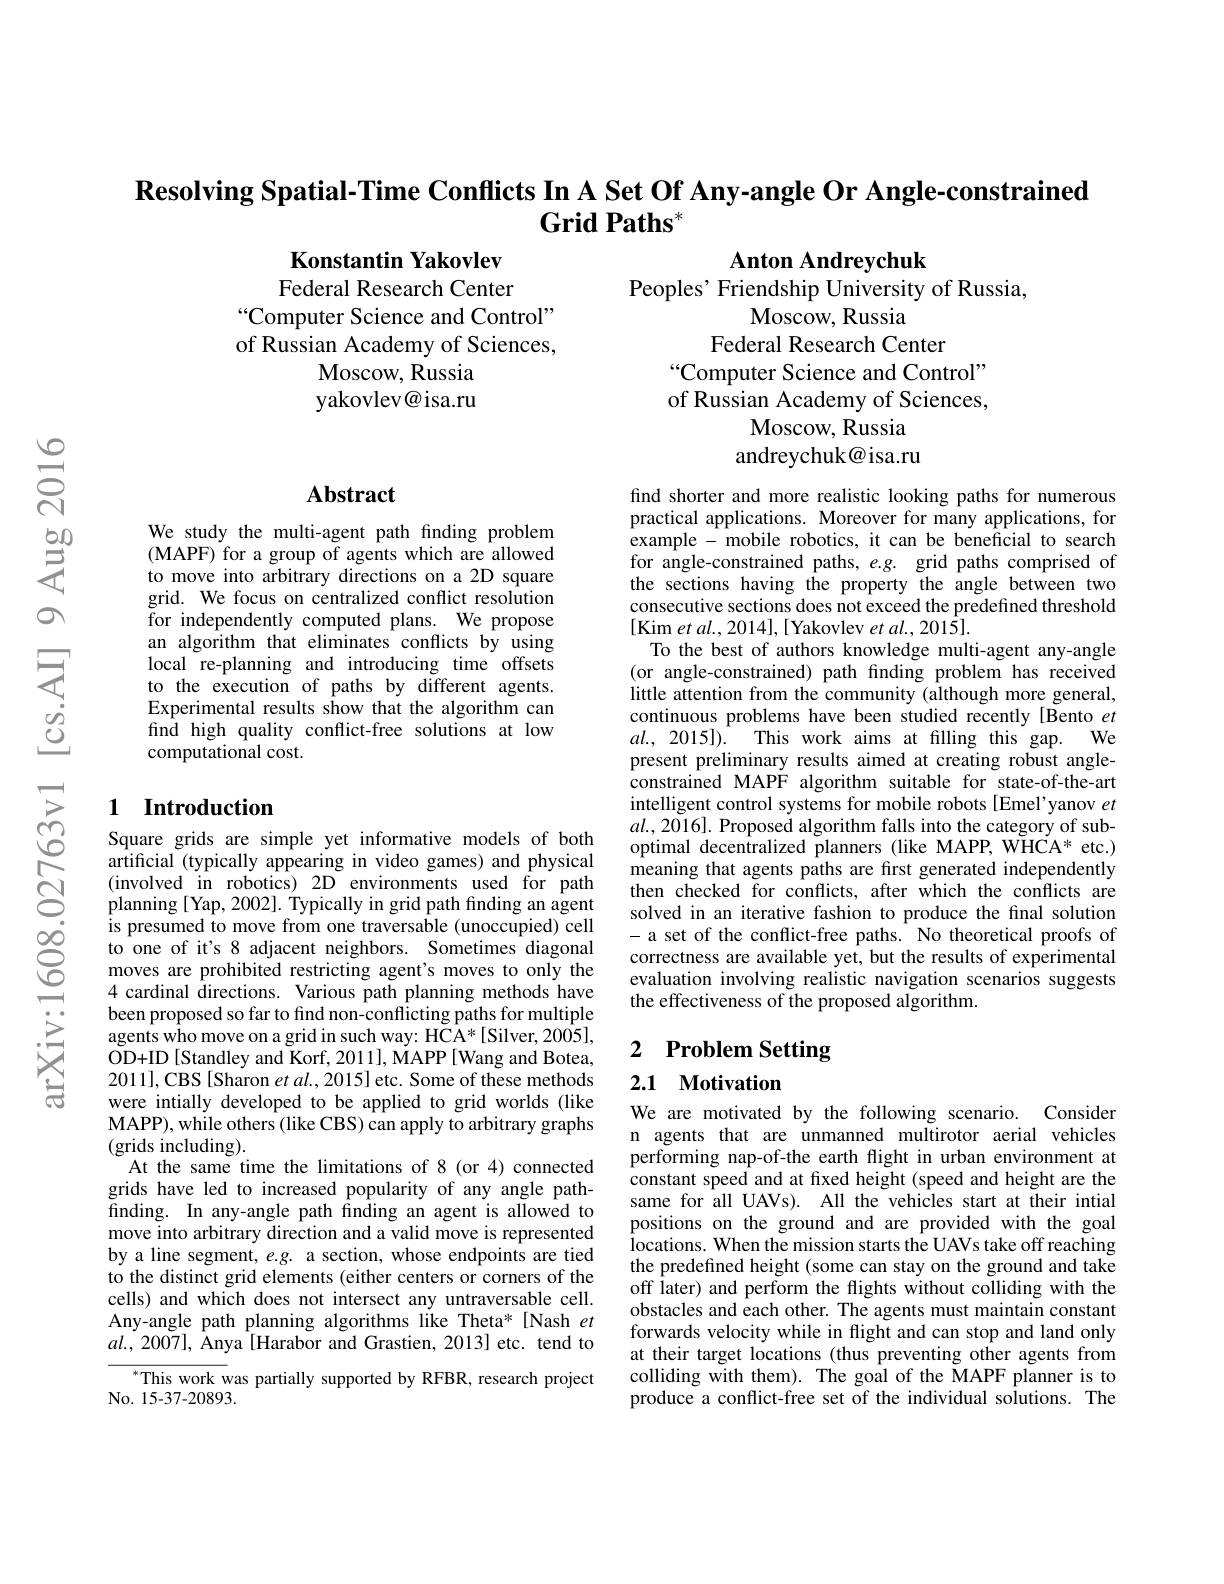
$\textbf{Resolving Spatial- Time Conflicts In A Set Of Any- angle Or Angle- constrained}$
$\textbf{Grid Paths}^*$

Anton Andreychuk

Konstantin Yakovlev

Federal Research Center
“Computer Science and Control" of Russian Academy of Sciences,
Moscow, Russia yakovlev@isa.ru

Peoples' Friendship University of Russia,
Moscow, Russia
Federal Research Center
“Computer Science and Control" of Russian Academy of Sciences,
Moscow, Russia andreychuk@isa.ru

## $\mathbf{Abstract}$

We study the multi-agent path finding problem (MAPF) for a group of agents which are allowed to move into arbitrary directions on a 2D square grid. We focus on centralized conflict resolution for independently computed plans. We propose an algorithm that eliminates conflicts by using local re-planning and introducing time offsets to the execution of paths by different agents. Experimental results show that the algorithm can find high quality conflict-free solutions at low computational cost.

find shorter and more realistic looking paths for numerous practical applications. Moreover for many applications, for example - mobile robotics, it can be beneficial to search for angle-constrained paths, $e.g.$ grid paths comprised of the sections having the property the angle between two consecutive sections does not exceed the predefined threshold [Kim et al., 2014], [Yakovlev et al., 2015].
To the best of authors knowledge multi-agent any-angle (or angle-constrained) path finding problem has received little attention from the community (although more general, continuous problems have been studied recently [Bento $et$ $al. , 2015] ) .$ This work aims at filling this gap. We present preliminary results aimed at creating robust angleconstrained MAPF algorithm suitable for state-of-the-art intelligent control systems for mobile robots[Emel'yanov $et$ $al.,2016].$ Proposed algorithm falls into the category of suboptimal decentralized planners (like MAPP, WHCA* etc.) meaning that agents paths are first generated independently then checked for conflicts, after which the conflicts are solved in an iterative fashion to produce the final solution - a set of the conflict-free paths. No theoretical proofs of correctness are available yet, but the results of experimental evaluation involving realistic navigation scenarios suggests the effectiveness of the proposed algorithm.

### 1 Introduction

# 2 Problem Setting

2.1 Motivation

Square grids are simple yet informative models of both artificial (typically appearing in video games) and physical (involved in robotics) 2D environments used for path planning [Yap, 2002]. Typically in grid path finding an agent is presumed to move from one traversable (unoccupied) cell to one of it's 8 adjacent neighbors. Sometimes diagonal moves are prohibited restricting agent's moves to only the 4 cardinal directions. Various path planning methods have been proposed so far to find non-conflicting paths for multiple agents who move on a grid in such way: HCA*[Silver, 2005], OD+ ID [ Standley and Korf, 201 1] , MAPP [ Wang and Botea, 2011],CBS[Sharon et al., 2015] etc. Some of these methods were intially developed to be applied to grid worlds (like MAPP), while others (like CBS) can apply to arbitrary graphs (grids including).
At the same time the limitations of 8 (or 4) connected grids have led to increased popularity of any angle path- finding. In any- angle path finding an agent is allowed to move into arbitrary direction and a valid move is represented by a line segment, $e.g.$ a section, whose endpoints are tied to the distinct grid elements (either centers or corners of the cells) and which does not intersect any untraversable cell. Any-angle path planning algorithms like Theta* [Nash et $al.,2007]$, Anya [Harabor and Grastien, 2013] etc. tend to
$^{*}$This work was partially supported by RFBR, research project

We are motivated by the following scenario. Consider n agents that are unmanned multirotor aerial vehicles performing nap-of-the earth flight in urban environment at constant speed and at fixed height (speed and height are the same for all UAVs). All the vehicles start at their intial positions on the ground and are provided with the goal $\hat{\text{locations. When the mission starts the UAVs take off reaching}}$ the predefined height (some can stay on the ground and take off later) and perform the flights without colliding with the obstacles and each other. The agents must maintain constant forwards velocity while in flight and can stop and land only at their target locations (thus preventing other agents from colliding with them). The goal of the MAPF planner is to produce a conflict-free set of the individual solutions. The

No.  15- 37- 20893.